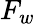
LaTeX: F_{w}